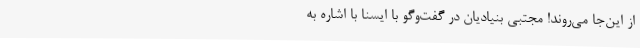
از این‌جا می‌روند! مجتبی بنیادیان در گفت‌وگو با ایسنا با اشاره به